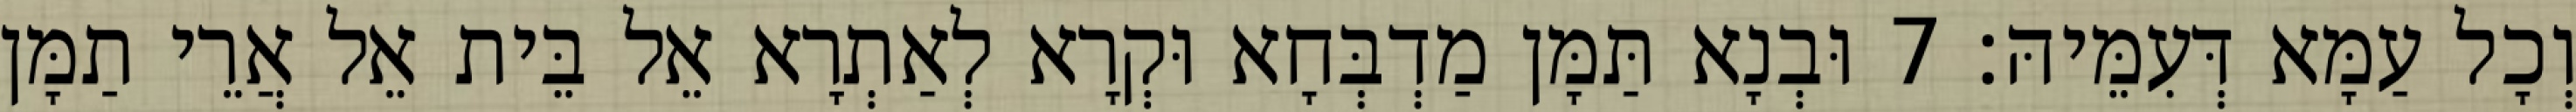
וְכָל עַמָּא דְּעִמֵּיהּ׃ 7 וּבְנָא תַּמָּן מַדְבְּחָא וּקְרָא לְאַתְרָא אֵל בֵּית אֵל אֲרֵי תַמָּן